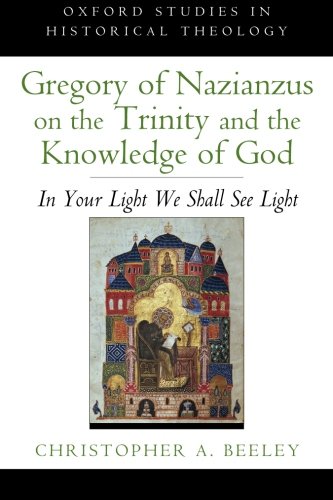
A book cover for Gregory of Nazianzus on the Trinity and the Knowledge of God: In Your Light We Shall See Light (Oxford Studies in Historical Theology); Christopher A. Beeley; Christian Books & Bibles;